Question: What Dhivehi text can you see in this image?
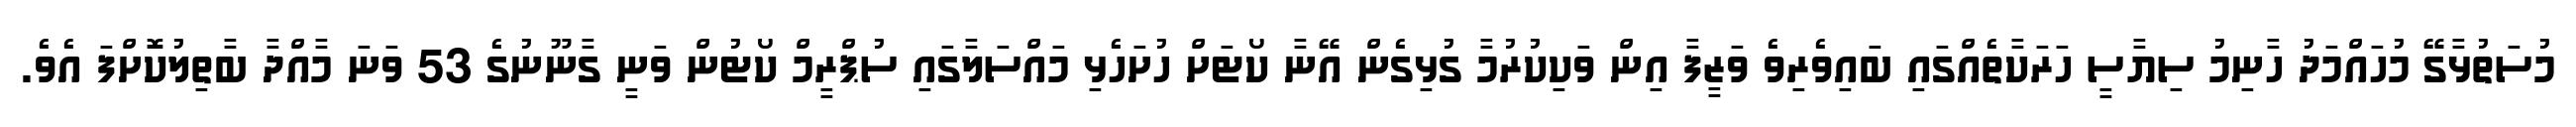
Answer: މުސަތުޅާގޭ މުހައްމަދު ހާނިމު ސިޔާސީ ހަރަކާތެއްގައި ބައިވެރިވެ ވަޒީފާ އިން ވަކިކުރުމާ ގުޅިގެން އޭނާ ކޯޓަށް ހުށަހެޅި މައްސަލާގައި ސުޕްރީމް ކޯޓުން ވަނީ ގާނޫނުގެ 53 ވަނަ މާއްދާ ބާތިލުކޮށްފަ އެވެ.